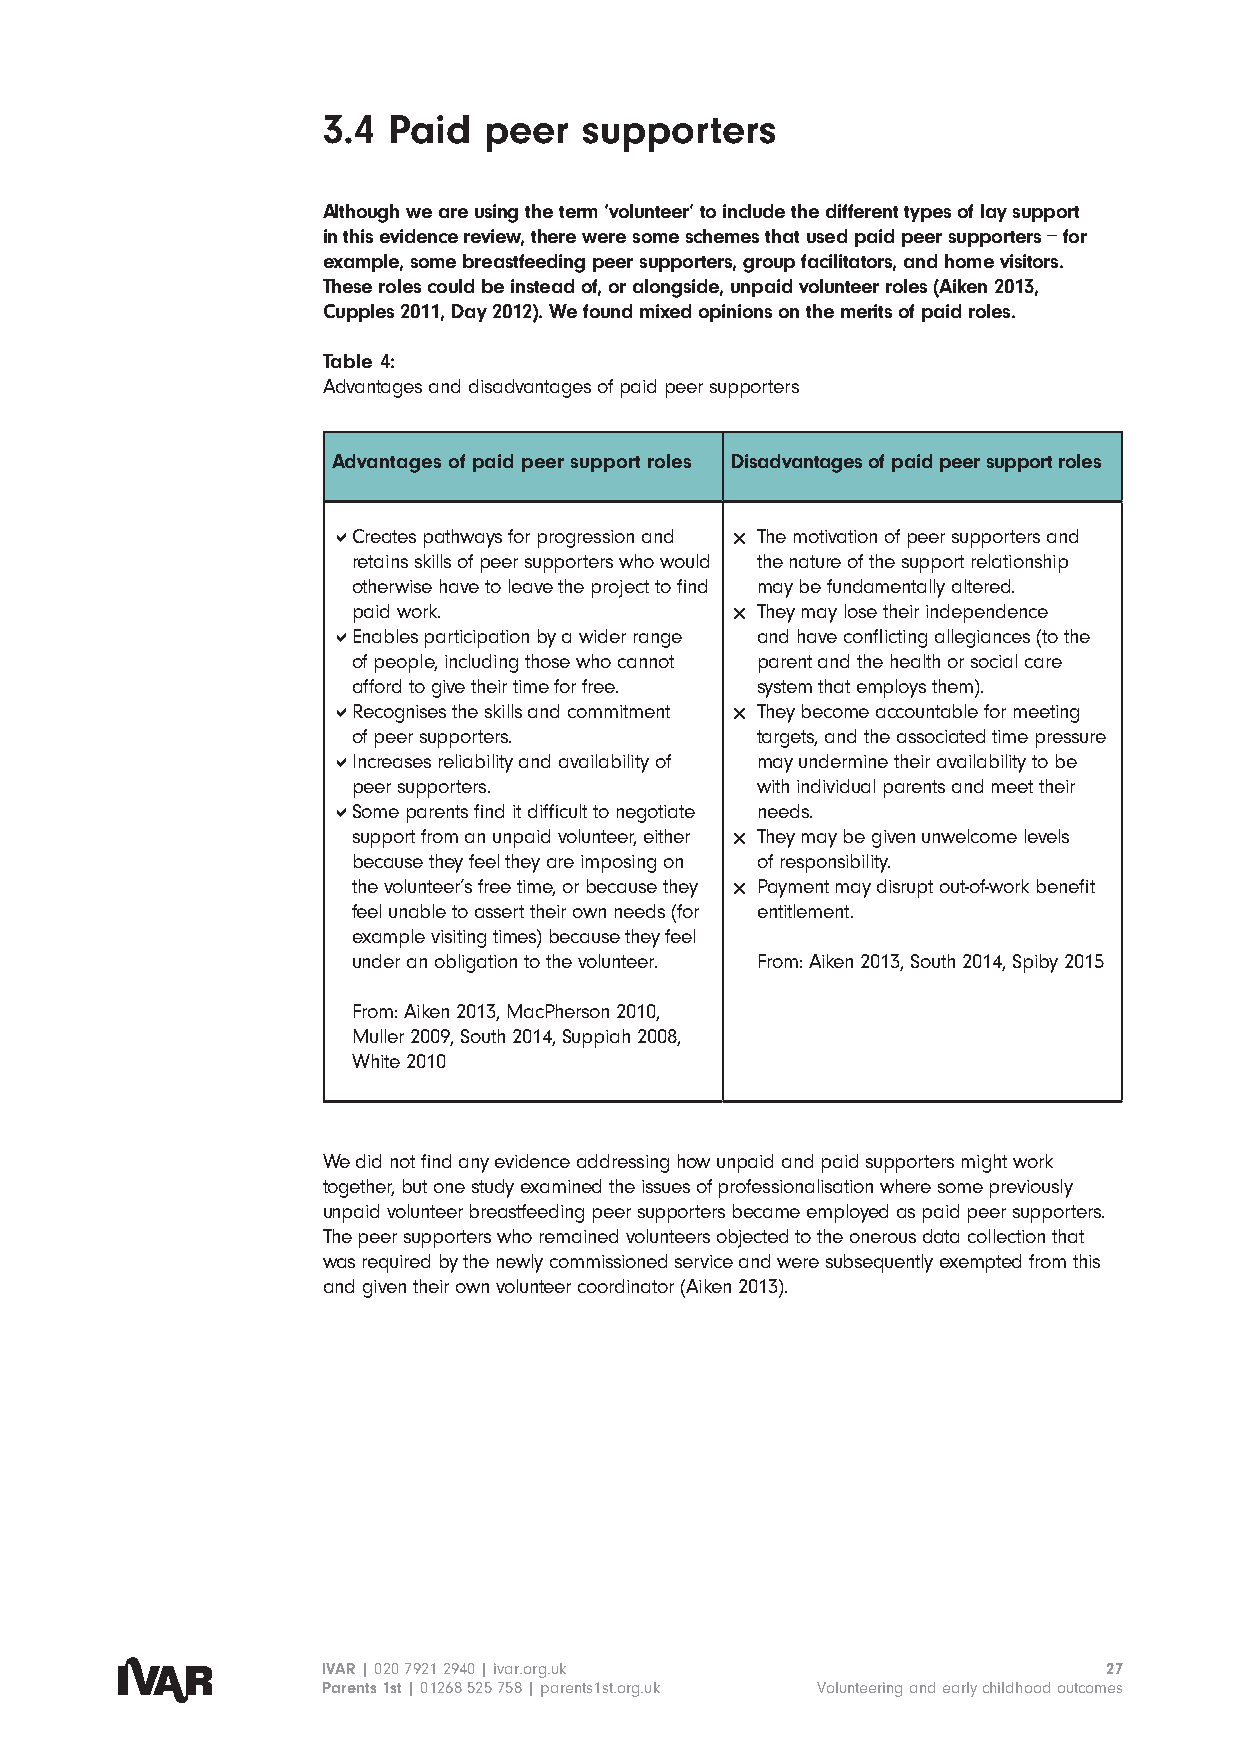
3.4  Paid  peer   supporters
 Although we are using the term ‘volunteer’ to include the different types of lay support
 in this evidence review, there were some schemes that used paid peer supporters − for
 example, some breastfeeding peer supporters, group facilitators, and home visitors.
 These roles could be instead of, or alongside, unpaid volunteer roles (Aiken 2013,
 Cupples 2011, Day 2012). We found mixed opinions on the merits of paid roles.
 Table 4:
 Advantages and disadvantages of paid peer supporters
 Advantages of paid peer support roles Disadvantages of paid peer support roles
  Creates pathways for progression and  The motivation of peer supporters and
 retains skills of peer supporters who would the nature of the support relationship
 otherwise have to leave the project to find may be fundamentally altered.
 paid work.               They may lose their independence
  Enables participation by a wider range and have conflicting allegiances (to the
 of people, including those who cannot parent and the health or social care
 afford to give their time for free. system that employs them).
  Recognises the skills and commitment  They become accountable for meeting
 of peer supporters.        targets, and the associated time pressure
  Increases reliability and availability of may undermine their availability to be
 peer supporters.           with individual parents and meet their
  Some parents find it difficult to negotiate needs.
 support from an unpaid volunteer, either  They may be given unwelcome levels
 because they feel they are imposing on of responsibility.
 the volunteer’s free time, or because they Payment may disrupt out-of-work benefit
 feel unable to assert their own needs (for entitlement.
 example visiting times) because they feel
 under an obligation to the volunteer. From: Aiken 2013, South 2014, Spiby 2015
 From: Aiken 2013, MacPherson 2010,
 Muller 2009, South 2014, Suppiah 2008,
 White 2010
 We did not find any evidence addressing how unpaid and paid supporters might work
 together, but one study examined the issues of professionalisation where some previously
 unpaid volunteer breastfeeding peer supporters became employed as paid peer supporters.
 The peer supporters who remained volunteers objected to the onerous data collection that
 was required by the newly commissioned service and were subsequently exempted from this
 and given their own volunteer coordinator (Aiken 2013).
 IVAR | 020 7921 2940 | ivar.org.uk                  27
 Parents 1st | 01268 525 758 | parents1st.org.uk Volunteering and early childhood outcomes